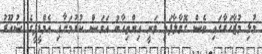
މުޅި މުޒާހަރާގައި ވެސް ގޮވާލާފައި ވަނީ އިންތިހާބު އަވަސް ކުރުމަށާއި އެމްޑީޕީގެ ޝުއޫރު